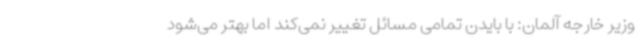
وزیر خارجه آلمان: با بایدن تمامی مسائل تغییر نمی‌کند اما بهتر می‌شود